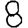
Digit: 8